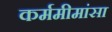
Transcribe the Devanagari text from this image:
कर्ममीमांसा